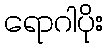
ရောဂါပိုး